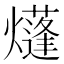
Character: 𤑫